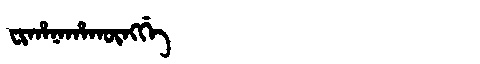
Manchu: ᠸᡳᡥᠠᠨᠠᡥᠠᡴᡡᠩᡤᡝ
Romanization: FIHANAHAKŪNGGE